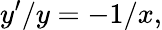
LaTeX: y^{\prime}/y=-1/x,